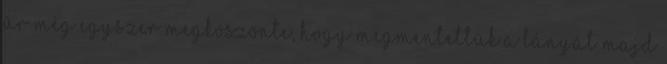
úr még egyszer megköszönte, hogy megmentettük a lányát majd